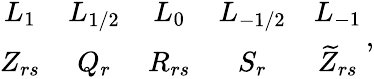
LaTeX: \begin{array}{ccccc}{{L_{1}}}&{{L_{1/2}}}&{{L_{0}}}&{{L_{-1/2}}}&{{L_{-1}}}\\ {{Z_{rs}}}&{{Q_{r}}}&{{R_{rs}}}&{{S_{r}}}&{{\widetilde{Z}_{rs}}}\end{array}\, ,